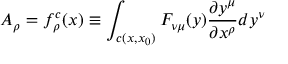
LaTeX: A _ { \rho } = f _ { \rho } ^ { c } ( x ) \equiv \int _ { c ( x , x _ { 0 } ) } F _ { \nu \mu } ( y ) \frac { \partial y ^ { \mu } } { \partial x ^ { \rho } } d y ^ { \nu }